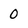
Character: 0